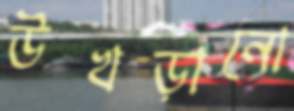
উখড়ানো